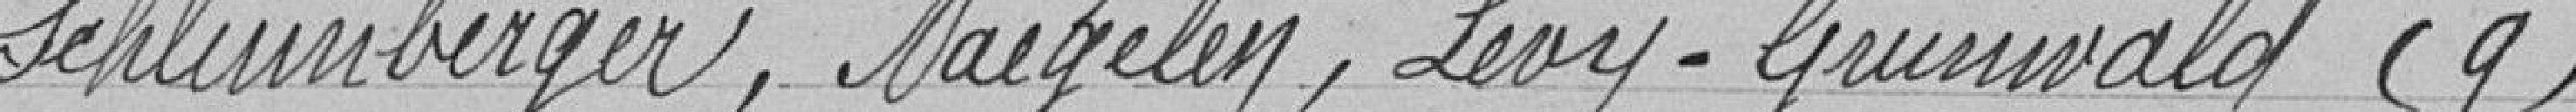
Schlumberger, Naegelen, Lévy-Grunewald (9)